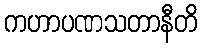
ကဟာပဏသတာနီတိ